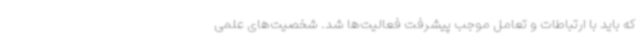
که باید با ارتباطات و تعامل موجب پیشرفت فعالیت‌ها شد. شخصیت‌های علمی